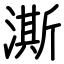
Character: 澌